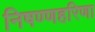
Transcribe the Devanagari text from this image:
निषण्णहरिणा